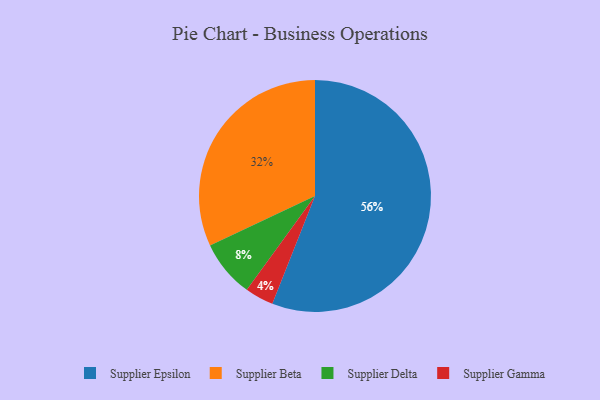
{"axis": {"x": "Category", "y": "Percentage"}, "legend": ["Supplier Beta", "Supplier Delta", "Supplier Epsilon", "Supplier Gamma"], "data": [{"x": "Supplier Delta", "y": 8, "type": "Supplier Delta"}, {"x": "Supplier Gamma", "y": 4, "type": "Supplier Gamma"}, {"x": "Supplier Epsilon", "y": 56, "type": "Supplier Epsilon"}, {"x": "Supplier Beta", "y": 32, "type": "Supplier Beta"}]}